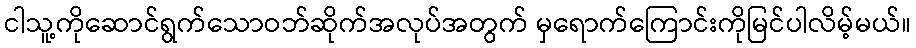
ငါသူ့ကိုဆောင်ရွက်သောဝဘ်ဆိုက်အလုပ်အတွက် မှရောက်ကြောင်းကိုမြင်ပါလိမ့်မယ်။